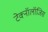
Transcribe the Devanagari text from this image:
टेक्नॉलॉजिस